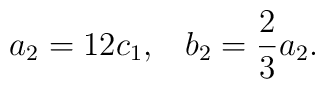
a_2 = 12c_1, \;\;\; b_2 = \frac{2}{3}a_2 .